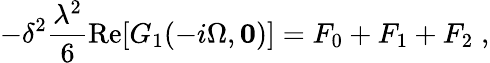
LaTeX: -\delta^{2}\frac{\lambda^{2}}{6}\mathrm{Re}[G_{1}(-i\Omega,{\mathbf 0})]={}F_{0}+{}F_{1}+{}F_{2}\; ,